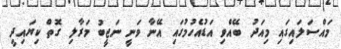
މައްސަލައިގައި މިއަދު ބޭއްވި އަޑުއެހުމުގައި އޭނާ ވަނީ ނަޖީބު މަރާލި ގޮތް ކިޔައިދީ